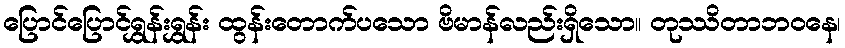
ပြောင်ပြောင်ရွှန်းရွှန်း ထွန်းတောက်ပသော ဗိမာန်လည်းရှိသော။ တုဿိတာဘဝနေ၊